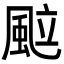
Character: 䬃